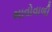
ભાવોવાળી